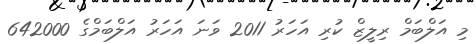
މި އަލްބަމް ރިލީޒް ކުރި އަހަރު 2011 ވަނަ އަހަރު އަލްބަމްގެ 642000